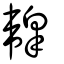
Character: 韟